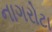
નાગરોટા